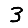
Digit: 3